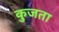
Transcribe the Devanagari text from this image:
कुजता